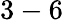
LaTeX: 3-6